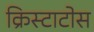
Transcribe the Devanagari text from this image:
क्रिस्टाटोस